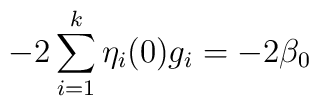
-2\sum_{i=1}^{k}\eta_{i}(0)g_{i}=-2 \beta_{0}